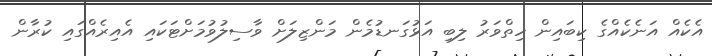
އެކެއް އަނެކެއްގެ ކިބައިން ހިތްވަރު ލިބި އަޅުގަނޑުމެން މަންޒިލަށް ވާސިލުވުމަށްޓަކައި އެއިރެއްގައި ކުރާން